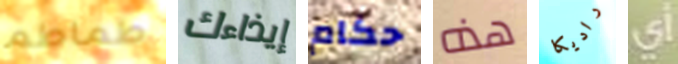
طماطم إيذاءك حكام هذه راديكا أي